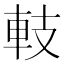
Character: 䡋